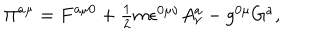
\Pi ^ { a \mu } = F ^ { a \mu 0 } + \textstyle { \frac { 1 } { 2 } } m \epsilon ^ { 0 \mu \nu } A _ { \nu } ^ { a } - g ^ { 0 \mu } G ^ { a } ,